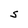
Character: S